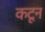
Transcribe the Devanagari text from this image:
कटून